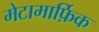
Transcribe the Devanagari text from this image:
मेटामार्फ़िक